Indian journal of veterinary science and animal husbandry - Volume 13,
Year: 1943
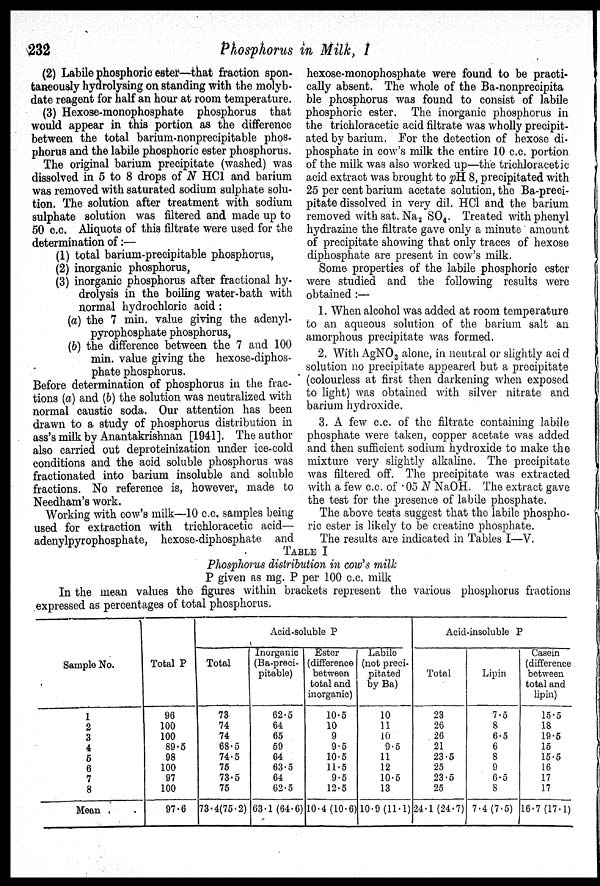
232
Phosphorus in Milk, I
(2) Labile phosphoric ester—that fraction spon-
taneously hydrolysing on standing with the molyb-
date reagent for half an hour at room temperature.
(3) Hexose-monophosphate phosphorus that
would appear in this portion as the difference
between the total barium-nonprecipitable phos-
phorus and the labile phosphoric ester phosphorus.
The original barium precipitate (washed) was
dissolved in 5 to 8 drops of N HCl and barium
was removed with saturated sodium sulphate solu-
tion. The solution after treatment with sodium
sulphate solution was filtered and made up to
50 c.c. Aliquots of this filtrate were used for the
determination of:—
(1) total barium-precipitable phosphorus,
(2) inorganic phosphorus,
(3) inorganic phosphorus after fractional hy-
drolysis in the boiling water-bath with
normal hydrochloric acid:
(a) the 7 min. value giving the adenyl-
pyrophosphate phosphorus,
(b) the difference between the 7 and 100
min. value giving the hexose-diphos-
phate phosphorus.
Before determination of phosphorus in the frac-
tions (a) and (b) the solution was neutralized with
normal caustic soda. Our attention has been
drawn to a study of phosphorus distribution in
ass's milk by Anantakrishnan [1941]. The author
also carried out deproteinization under ice-cold
conditions and the acid soluble phosphorus was
fractionated into barium insoluble and soluble
fractions. No reference is, however, made to
Needham's work.
Working with cow's milk—10 c.c. samples being
used for extraction with trichloracetic acid—
adenylpyrophosphate, hexose-diphosphate and
hexose-monophosphate were found to be practi-
cally absent. The whole of the Ba-nonprecipita
ble phosphorus was found to consist of labile
phosphoric ester. The inorganic phosphorus in
the trichloracetic acid filtrate was wholly precipit-
ated by barium. For the detection of hexose di-
phosphate in cow's milk the entire 10 c.c. portion
of the milk was also worked up—the trichloracetic
acid extract was brought to pH 8, precipitated with
25 per cent barium acetate solution, the Ba-preci-
pitate dissolved in very dil. HCl and the barium
removed with sat. Na 2 SO 4 . Treated with phenyl
hydrazine the filtrate gave only a minute amount
of precipitate showing that only traces of hexose
diphosphate are present in cow's milk.
Some properties of the labile phosphoric ester
were studied and the following results were
obtained:—
1. When alcohol was added at room temperature
to an aqueous solution of the barium salt an
amorphous precipitate was formed.
2. With AgNO 3 alone, in neutral or slightly acid
solution no precipitate appeared but a precipitate
(colourless at first then darkening when exposed
to light) was obtained with silver nitrate and
barium hydroxide.
3. A few c.c. of the filtrate containing labile
phosphate were taken, copper acetate was added
and then sufficient sodium hydroxide to make the
mixture very slightly alkaline. The precipitate
was filtered off. The precipitate was extracted
with a few c.c. of 05 N NaOH. The extract gave
the test for the presence of labile phosphate.
The above tests suggest that the labile phospho-
ric ester is likely to be creatine phosphate.
The results are indicated in Tables I—V.
TABLE I
Phosphorus distribution in cow's milk
P given as mg. P per 100 c.c. milk
In the mean values the figures within brackets represent the various phosphorus fractions
expressed as percentages of total phosphorus.
Sample No.
1
2
3
4
5
6
7
8
Mean . .
Total P
96
100
100
89.5
98
100
97
100
97.6
Acid-soluble P
Total
73
74
74
68.5
74.5
75
73.5
75
73.4(75.2)
Inorganic
(Ba-preci-
pitable)
62.5
64
65
59
64
63.5
64
62.5
63.1 (64.6)
Ester
(difference
between
total and
inorganic)
10.5
10
9
9.5
10.5
11.5
9.5
12.5
10.4 (10.6)
Labile
(not preci-
pitated
by Ba)
10
11
10
9.5
11
12
10.5
13
10.9 (11.1)
Acid-insoluble P
Total
23
26
26
21
23.5
25
23.5
25
24.1 (24.7)
Lipin
7.5
8
6.5
6
8
9
6.5
8
7.4 (7.5)
Casein
(difference
between
total and
lipin)
15.5
18
19.5
15
15.5
16
17
17
16.7 (17.1)